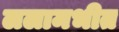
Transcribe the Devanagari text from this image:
ललामभीत